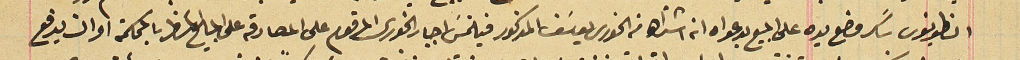
انطونيوس سَكر وضع يده على المبيع بدعواه انه اشتراها من الخوري يوسَف المذكور فيلتمسَ اجبار الخورى المرقوم على المصادقة على البايع المسَطر بالمحكمة او ان يدفع